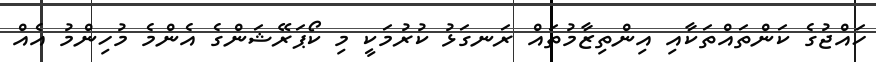
ހައްޖުގެ ކަންތައްތަކާއި އިންތިޒާމުތައް ރަނގަޅު ކުރުމަކީ މި ކޯޕަރޭޝަންގެ އެންމެ މުހިންމު އެއް